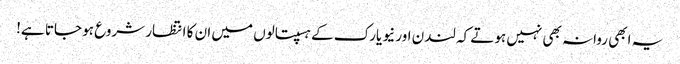
یہ ابھی روانہ بھی نہیں ہوتے کہ لندن اور نیو یارک کے ہسپتالوں میں ان کا انتظار شروع ہو جاتا ہے!